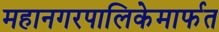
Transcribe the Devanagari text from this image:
महानगरपालिकेमार्फत